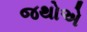
જથોએ